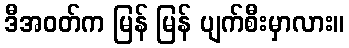
ဒီအဝတ်က မြန် မြန် ပျက်စီးမှာလား။